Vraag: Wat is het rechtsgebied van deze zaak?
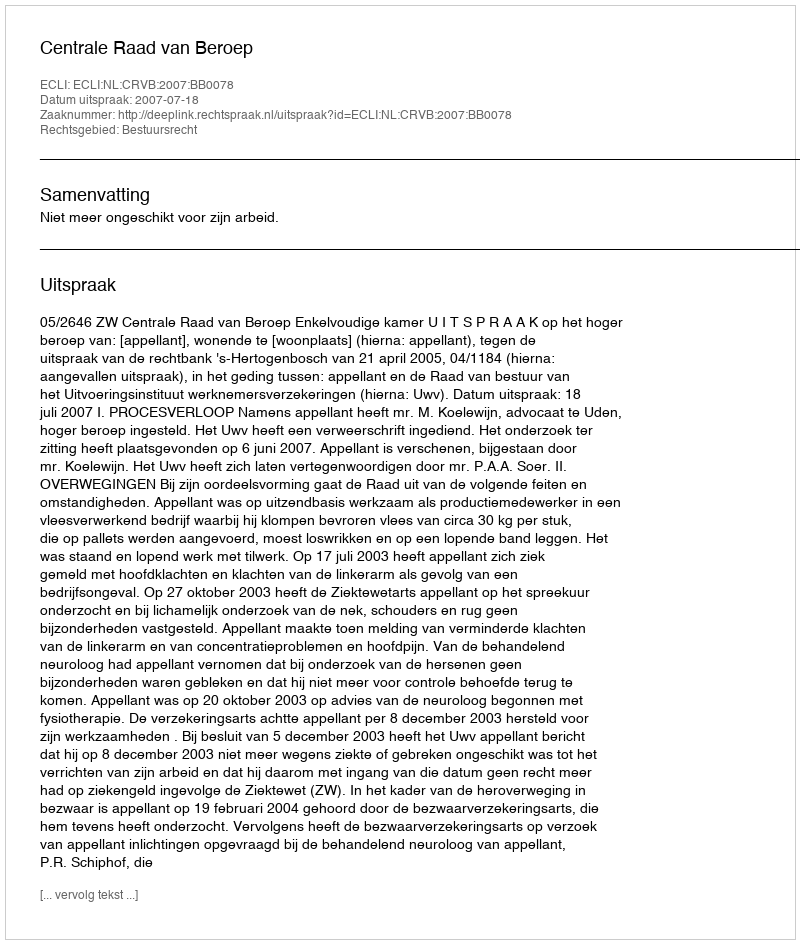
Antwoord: Bestuursrecht